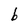
Character: b